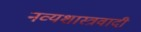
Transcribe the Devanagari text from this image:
नव्यशास्त्रवादी